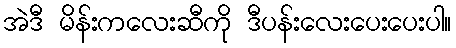
အဲဒီ မိန်းကလေးဆီကို ဒီပန်းလေးပေးပေးပါ။